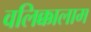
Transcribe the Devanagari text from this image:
वलिक्कालाम